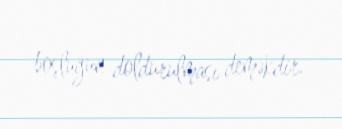
boşluğun doldurulması deməkdir.